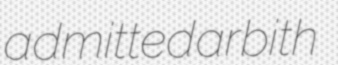
admitted arbith